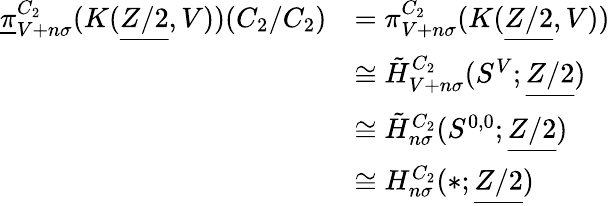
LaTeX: \begin{array}{rl}{\underline{{\pi}}_{V+n\sigma}^{C_{2}}(K(\underline{{Z/2}},V))(C_{2}/C_{2})}&{=\pi_{V+n\sigma}^{C_{2}}(K(\underline{{Z/2}},V))}\\ &{\cong\tilde{H}_{V+n\sigma}^{C_{2}}(S^{V};\underline{{Z/2}})}\\ &{\cong\tilde{H}_{n\sigma}^{C_{2}}(S^{0,0};\underline{{Z/2}})}\\ &{\cong H_{n\sigma}^{C_{2}}(\ast;\underline{{Z/2}})}\end{array}